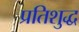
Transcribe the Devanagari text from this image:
प्रतिशुद्ध